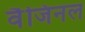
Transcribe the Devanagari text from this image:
वैजिनल